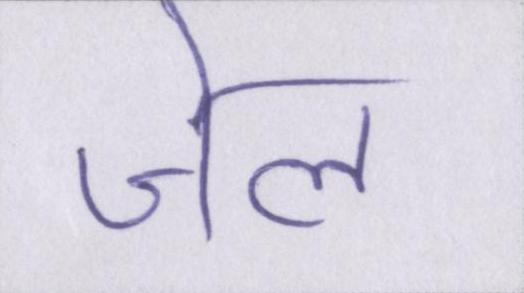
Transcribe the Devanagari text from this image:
जेल